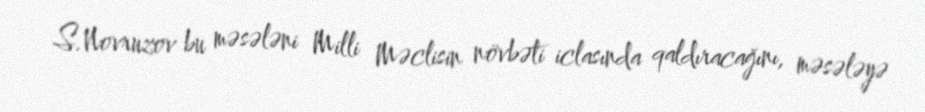
S.Novruzov bu məsələni Milli Məclisin növbəti iclasında qaldıracağını, məsələyə